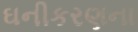
ઘનીકરણના